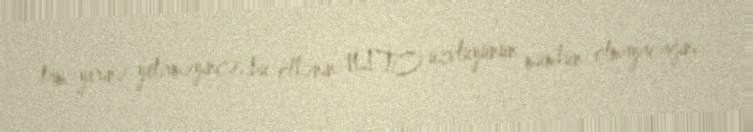
tam yerinə yetirməyincə, bu ölkənin NATO üzvlüyünün mümkün olmayacağını